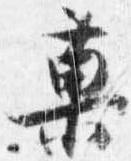
菓